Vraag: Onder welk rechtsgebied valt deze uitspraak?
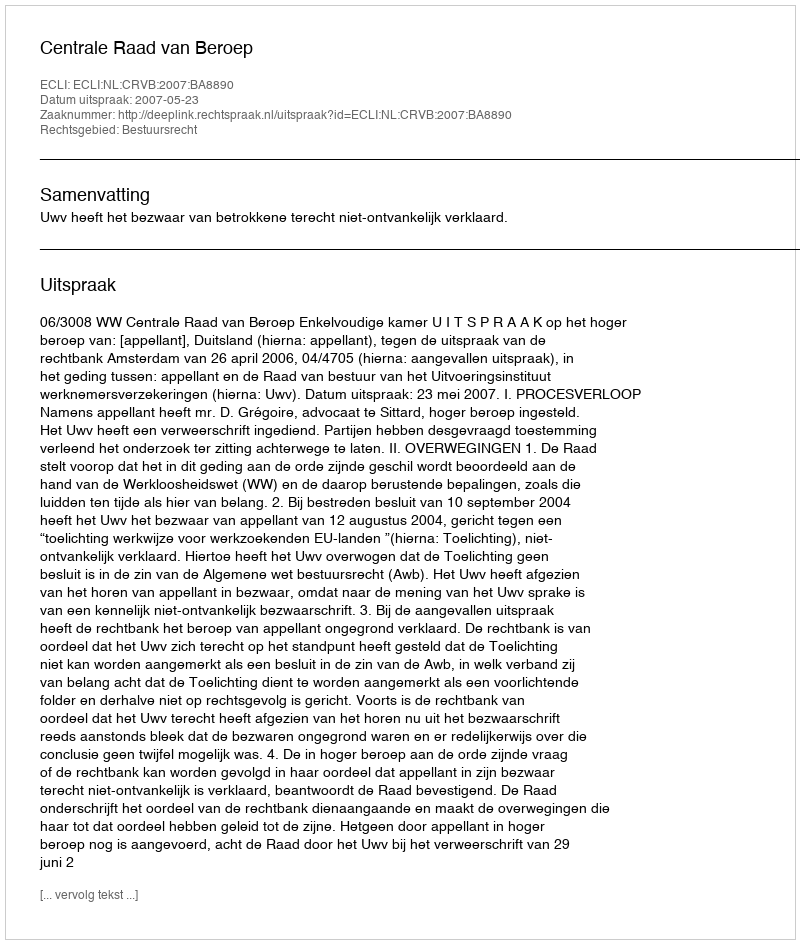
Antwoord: Bestuursrecht